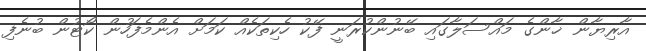
އާރިޔާން ޚާންގެ މައްސަލާގައި ބޭނުންކުރަނީ ފޭކު ހެކިތަކެއް ކަމަށް އެންމެފަހުން ކޯޓުން ބުނެފި